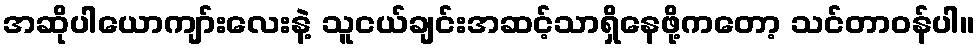
အဆိုပါယောကျာ်းလေးနဲ့ သူငယ်ချင်းအဆင့်သာရှိနေဖို့ကတော့ သင်တာဝန်ပါ။